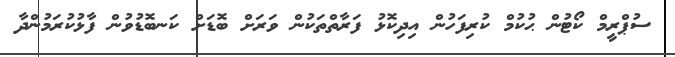
ސުޕްރީމް ކޯޓުން ޙުކުމް ކުރިފަހުން އިދިކޮޅު ފަރާތްތަކުން ވަރަށް ބޮޑަށް ކަނބޮޑުވުން ފާޅުކުރަމުންދާ